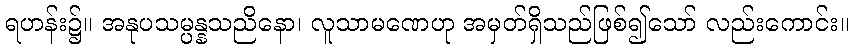
ရဟန်း၌။ အနုပသမ္ပန္နသညိနော၊ လူသာမဏေဟု အမှတ်ရှိသည်ဖြစ်၍သော် လည်းကောင်း။